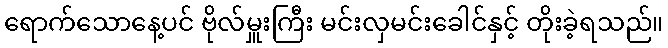
ရောက်သောနေ့ပင် ဗိုလ်မှူးကြီး မင်းလှမင်းခေါင်နှင့် တိုးခဲ့ရသည်။